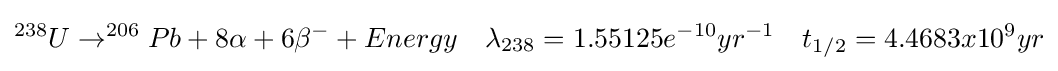
^{238}U\rightarrow ^{206}Pb+8\alpha +6\beta ^{-}+Energy\quad \lambda _{238}=1.55125{e}^{-10}yr^{-1}\quad t_{1/2}=4.4683x10^{9}yr